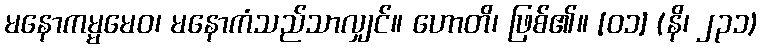
မနောကမ္မမေဝ၊ မနောကံသည်သာလျှင်။ ဟောတိ၊ ဖြစ်၏။ [၀၁] (နိ၊ ၂၃၁)